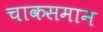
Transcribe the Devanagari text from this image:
चाकसमान